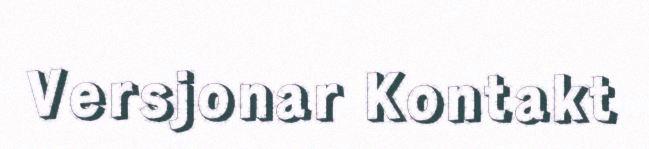
Versjonar Kontakt